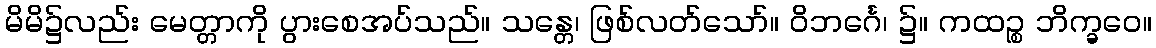
မိမိ၌လည်း မေတ္တာကို ပွားစေအပ်သည်။ သန္တေ၊ ဖြစ်လတ်သော်။ ဝိဘင်္ဂေ၊ ၌။ ကထဉ္စ ဘိက္ခဝေ။